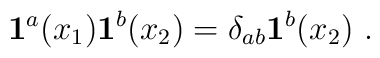
{\bf 1}^a(x_1){\bf 1}^b(x_2)= \delta_{ab}{\bf 1}^b(x_2)\,\,.